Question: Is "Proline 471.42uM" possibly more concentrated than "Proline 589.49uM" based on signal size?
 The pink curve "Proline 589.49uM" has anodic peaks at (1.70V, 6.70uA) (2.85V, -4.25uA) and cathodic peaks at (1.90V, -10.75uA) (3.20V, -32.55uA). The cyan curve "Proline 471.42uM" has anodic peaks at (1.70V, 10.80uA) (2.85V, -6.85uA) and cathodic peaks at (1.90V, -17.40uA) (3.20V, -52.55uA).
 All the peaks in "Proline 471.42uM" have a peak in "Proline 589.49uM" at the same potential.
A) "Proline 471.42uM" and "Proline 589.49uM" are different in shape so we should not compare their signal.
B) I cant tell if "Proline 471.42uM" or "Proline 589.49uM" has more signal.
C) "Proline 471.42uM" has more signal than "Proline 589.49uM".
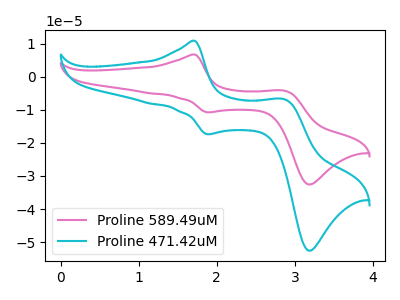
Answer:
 <answer>B) I cant tell if "Proline 471.42uM" or "Proline 589.49uM" has more signal.</answer>
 <eval>B</eval>